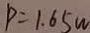
P = 1 . 6 5 w